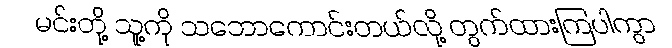
မင်းတို့ သူ့ကို သဘောကောင်းတယ်လို့ တွက်ထားကြပါကွာ